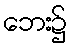
ဘေး၌